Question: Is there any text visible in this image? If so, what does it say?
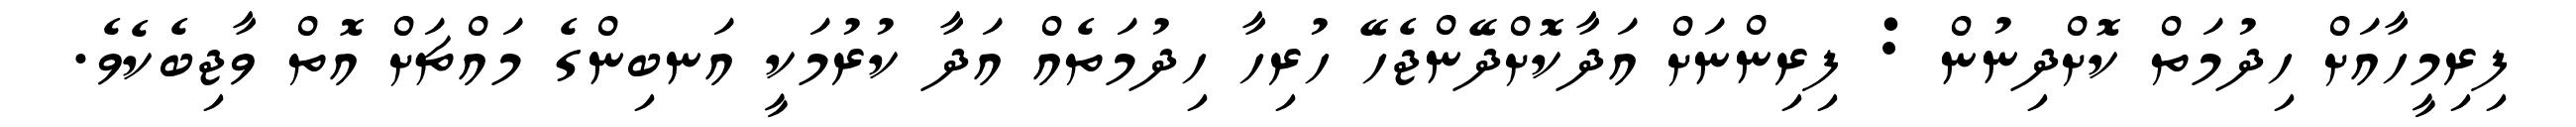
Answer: ފިރިމީހާއަށް ހިދުމަތް ކޮށްދިނުން : ފިރިންނަށް އަދާކޮށްދޭންޖެހޭ ހުރިހާ ހިދުމަތެއް އަދާ ކުރުމަކީ އަނބިންގެ މައްޗަށް އޮތް ވާޖިބެކެވެ.